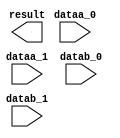
// megafunction wizard: %ALTMULT_ADD%VBB%
// GENERATION: STANDARD
// VERSION: WM1.0
// MODULE: ALTMULT_ADD 

// ============================================================
// Megafunction Name(s):
// 			ALTMULT_ADD
//
// Simulation Library Files(s):
// 			altera_mf
// ============================================================
// ************************************************************
// THIS IS A WIZARD-GENERATED FILE. DO NOT EDIT THIS FILE!
//
// 13.0.1 Build 232 06/12/2013 SP 1 SJ Web Edition
// ************************************************************

//Copyright (C) 1991-2013 Altera Corporation
//Your use of Altera Corporation's design tools, logic functions 
//and other software and tools, and its AMPP partner logic 
//functions, and any output files from any of the foregoing 
//(including device programming or simulation files), and any 
//associated documentation or information are expressly subject 
//to the terms and conditions of the Altera Program License 
//Subscription Agreement, Altera MegaCore Function License 
//Agreement, or other applicable license agreement, including, 
//without limitation, that your use is for the sole purpose of 
//programming logic devices manufactured by Altera and sold by 
//Altera or its authorized distributors.  Please refer to the 
//applicable agreement for further details.

module mac (
	dataa_0,
	dataa_1,
	datab_0,
	datab_1,
	result);

	input	[7:0]  dataa_0;
	input	[7:0]  dataa_1;
	input	[7:0]  datab_0;
	input	[7:0]  datab_1;
	output	[16:0]  result;
`ifndef ALTERA_RESERVED_QIS
// synopsys translate_off
`endif
	tri0	[7:0]  dataa_0;
	tri0	[7:0]  dataa_1;
	tri0	[7:0]  datab_0;
	tri0	[7:0]  datab_1;
`ifndef ALTERA_RESERVED_QIS
// synopsys translate_on
`endif

endmodule

// ============================================================
// CNX file retrieval info
// ============================================================
// Retrieval info: PRIVATE: ADDER1_ROUND_ACLR_SRC NUMERIC "0"
// Retrieval info: PRIVATE: ADDER1_ROUND_CLK_SRC NUMERIC "0"
// Retrieval info: PRIVATE: ADDER1_ROUND_OP STRING "Enabled"
// Retrieval info: PRIVATE: ADDER1_ROUND_PIPE_ACLR_SRC NUMERIC "0"
// Retrieval info: PRIVATE: ADDER1_ROUND_PIPE_CLK_SRC NUMERIC "0"
// Retrieval info: PRIVATE: ADDER1_ROUND_PIPE_REG STRING "1"
// Retrieval info: PRIVATE: ADDER1_ROUND_REG STRING "1"
// Retrieval info: PRIVATE: ADDER1_SAT_ACLR_SRC NUMERIC "0"
// Retrieval info: PRIVATE: ADDER1_SAT_CLK_SRC NUMERIC "0"
// Retrieval info: PRIVATE: ADDER1_SAT_OP STRING "Enabled"
// Retrieval info: PRIVATE: ADDER1_SAT_OVERFLOW_OUT NUMERIC "0"
// Retrieval info: PRIVATE: ADDER1_SAT_PIPE_ACLR_SRC NUMERIC "3"
// Retrieval info: PRIVATE: ADDER1_SAT_PIPE_CLK_SRC NUMERIC "0"
// Retrieval info: PRIVATE: ADDER1_SAT_PIPE_REG STRING "0"
// Retrieval info: PRIVATE: ADDER1_SAT_REG STRING "0"
// Retrieval info: PRIVATE: ADDER3_ROUND_ACLR_SRC NUMERIC "0"
// Retrieval info: PRIVATE: ADDER3_ROUND_CLK_SRC NUMERIC "0"
// Retrieval info: PRIVATE: ADDER3_ROUND_OP STRING "Enabled"
// Retrieval info: PRIVATE: ADDER3_ROUND_PIPE_ACLR_SRC NUMERIC "0"
// Retrieval info: PRIVATE: ADDER3_ROUND_PIPE_CLK_SRC NUMERIC "0"
// Retrieval info: PRIVATE: ADDER3_ROUND_PIPE_REG STRING "1"
// Retrieval info: PRIVATE: ADDER3_ROUND_REG STRING "1"
// Retrieval info: PRIVATE: ADDNSUB1_ACLR_SRC NUMERIC "0"
// Retrieval info: PRIVATE: ADDNSUB1_CLK_SRC NUMERIC "0"
// Retrieval info: PRIVATE: ADDNSUB1_PIPE_ACLR_SRC NUMERIC "0"
// Retrieval info: PRIVATE: ADDNSUB1_PIPE_CLK_SRC NUMERIC "0"
// Retrieval info: PRIVATE: ADDNSUB1_PIPE_REG STRING "1"
// Retrieval info: PRIVATE: ADDNSUB1_REG STRING "1"
// Retrieval info: PRIVATE: ADDNSUB3_ACLR_SRC NUMERIC "0"
// Retrieval info: PRIVATE: ADDNSUB3_CLK_SRC NUMERIC "0"
// Retrieval info: PRIVATE: ADDNSUB3_PIPE_ACLR_SRC NUMERIC "0"
// Retrieval info: PRIVATE: ADDNSUB3_PIPE_CLK_SRC NUMERIC "0"
// Retrieval info: PRIVATE: ADDNSUB3_PIPE_REG STRING "1"
// Retrieval info: PRIVATE: ADDNSUB3_REG STRING "1"
// Retrieval info: PRIVATE: ADD_ENABLE NUMERIC "0"
// Retrieval info: PRIVATE: ALL_REG_ACLR NUMERIC "0"
// Retrieval info: PRIVATE: A_ACLR_SRC_MULT0 NUMERIC "0"
// Retrieval info: PRIVATE: A_CLK_SRC_MULT0 NUMERIC "0"
// Retrieval info: PRIVATE: B_ACLR_SRC_MULT0 NUMERIC "0"
// Retrieval info: PRIVATE: B_CLK_SRC_MULT0 NUMERIC "0"
// Retrieval info: PRIVATE: HAS_MAC STRING "0"
// Retrieval info: PRIVATE: HAS_SAT_ROUND STRING "0"
// Retrieval info: PRIVATE: IMPL_STYLE_DEDICATED NUMERIC "0"
// Retrieval info: PRIVATE: IMPL_STYLE_DEFAULT NUMERIC "1"
// Retrieval info: PRIVATE: IMPL_STYLE_LCELL NUMERIC "0"
// Retrieval info: PRIVATE: INTENDED_DEVICE_FAMILY STRING "Cyclone II"
// Retrieval info: PRIVATE: MULT01_ROUND_ACLR_SRC NUMERIC "0"
// Retrieval info: PRIVATE: MULT01_ROUND_CLK_SRC NUMERIC "0"
// Retrieval info: PRIVATE: MULT01_ROUND_OP STRING "Enabled"
// Retrieval info: PRIVATE: MULT01_ROUND_PIPE_ACLR_SRC NUMERIC "0"
// Retrieval info: PRIVATE: MULT01_ROUND_PIPE_CLK_SRC NUMERIC "0"
// Retrieval info: PRIVATE: MULT01_ROUND_PIPE_REG STRING "0"
// Retrieval info: PRIVATE: MULT01_ROUND_REG STRING "1"
// Retrieval info: PRIVATE: MULT01_SAT_ACLR_SRC NUMERIC "0"
// Retrieval info: PRIVATE: MULT01_SAT_CLK_SRC NUMERIC "0"
// Retrieval info: PRIVATE: MULT01_SAT_OP STRING "Enabled"
// Retrieval info: PRIVATE: MULT01_SAT_PIPE_ACLR_SRC NUMERIC "0"
// Retrieval info: PRIVATE: MULT01_SAT_PIPE_CLK_SRC NUMERIC "0"
// Retrieval info: PRIVATE: MULT01_SAT_PIPE_REG STRING "0"
// Retrieval info: PRIVATE: MULT01_SAT_REG STRING "1"
// Retrieval info: PRIVATE: MULT0_SAT_OVERFLOW_OUT NUMERIC "0"
// Retrieval info: PRIVATE: MULT1_SAT_OVERFLOW_OUT NUMERIC "0"
// Retrieval info: PRIVATE: MULT23_ROUND_ACLR_SRC NUMERIC "0"
// Retrieval info: PRIVATE: MULT23_ROUND_CLK_SRC NUMERIC "0"
// Retrieval info: PRIVATE: MULT23_ROUND_OP STRING "Enabled"
// Retrieval info: PRIVATE: MULT23_ROUND_PIPE_ACLR_SRC NUMERIC "0"
// Retrieval info: PRIVATE: MULT23_ROUND_PIPE_CLK_SRC NUMERIC "0"
// Retrieval info: PRIVATE: MULT23_ROUND_PIPE_REG STRING "0"
// Retrieval info: PRIVATE: MULT23_ROUND_REG STRING "1"
// Retrieval info: PRIVATE: MULT23_SAT_ACLR_SRC NUMERIC "0"
// Retrieval info: PRIVATE: MULT23_SAT_CLK_SRC NUMERIC "0"
// Retrieval info: PRIVATE: MULT23_SAT_OP STRING "Enabled"
// Retrieval info: PRIVATE: MULT23_SAT_PIPE_ACLR_SRC NUMERIC "0"
// Retrieval info: PRIVATE: MULT23_SAT_PIPE_CLK_SRC NUMERIC "0"
// Retrieval info: PRIVATE: MULT23_SAT_PIPE_REG STRING "0"
// Retrieval info: PRIVATE: MULT23_SAT_REG STRING "1"
// Retrieval info: PRIVATE: MULT2_SAT_OVERFLOW_OUT NUMERIC "0"
// Retrieval info: PRIVATE: MULT3_SAT_OVERFLOW_OUT NUMERIC "0"
// Retrieval info: PRIVATE: MULT_REGA0 NUMERIC "0"
// Retrieval info: PRIVATE: MULT_REGB0 NUMERIC "0"
// Retrieval info: PRIVATE: MULT_REGOUT0 NUMERIC "0"
// Retrieval info: PRIVATE: NUM_MULT STRING "2"
// Retrieval info: PRIVATE: OP1 STRING "Add"
// Retrieval info: PRIVATE: OP3 STRING "Add"
// Retrieval info: PRIVATE: OUTPUT_EXTRA_LAT NUMERIC "0"
// Retrieval info: PRIVATE: OUTPUT_REG_ACLR_SRC NUMERIC "0"
// Retrieval info: PRIVATE: OUTPUT_REG_CLK_SRC NUMERIC "0"
// Retrieval info: PRIVATE: Q_ACLR_SRC_MULT0 NUMERIC "0"
// Retrieval info: PRIVATE: Q_CLK_SRC_MULT0 NUMERIC "0"
// Retrieval info: PRIVATE: REG_OUT NUMERIC "0"
// Retrieval info: PRIVATE: RNFORMAT STRING "17"
// Retrieval info: PRIVATE: RQFORMAT STRING "Q1.15"
// Retrieval info: PRIVATE: RTS_WIDTH STRING "17"
// Retrieval info: PRIVATE: SAME_CONFIG NUMERIC "1"
// Retrieval info: PRIVATE: SAME_CONTROL_SRC_A0 NUMERIC "1"
// Retrieval info: PRIVATE: SAME_CONTROL_SRC_B0 NUMERIC "1"
// Retrieval info: PRIVATE: SCANOUTA NUMERIC "0"
// Retrieval info: PRIVATE: SCANOUTB NUMERIC "0"
// Retrieval info: PRIVATE: SHIFTOUTA_ACLR_SRC NUMERIC "0"
// Retrieval info: PRIVATE: SHIFTOUTA_CLK_SRC NUMERIC "0"
// Retrieval info: PRIVATE: SHIFTOUTA_REG STRING "0"
// Retrieval info: PRIVATE: SIGNA STRING "UNSIGNED"
// Retrieval info: PRIVATE: SIGNA_ACLR_SRC NUMERIC "0"
// Retrieval info: PRIVATE: SIGNA_CLK_SRC NUMERIC "0"
// Retrieval info: PRIVATE: SIGNA_PIPE_ACLR_SRC NUMERIC "0"
// Retrieval info: PRIVATE: SIGNA_PIPE_CLK_SRC NUMERIC "0"
// Retrieval info: PRIVATE: SIGNA_PIPE_REG STRING "1"
// Retrieval info: PRIVATE: SIGNA_REG STRING "1"
// Retrieval info: PRIVATE: SIGNB STRING "UNSIGNED"
// Retrieval info: PRIVATE: SIGNB_ACLR_SRC NUMERIC "0"
// Retrieval info: PRIVATE: SIGNB_CLK_SRC NUMERIC "0"
// Retrieval info: PRIVATE: SIGNB_PIPE_ACLR_SRC NUMERIC "0"
// Retrieval info: PRIVATE: SIGNB_PIPE_CLK_SRC NUMERIC "0"
// Retrieval info: PRIVATE: SIGNB_PIPE_REG STRING "1"
// Retrieval info: PRIVATE: SIGNB_REG STRING "1"
// Retrieval info: PRIVATE: SRCA0 STRING "Multiplier input"
// Retrieval info: PRIVATE: SRCB0 STRING "Multiplier input"
// Retrieval info: PRIVATE: SYNTH_WRAPPER_GEN_POSTFIX STRING "0"
// Retrieval info: PRIVATE: WIDTHA STRING "8"
// Retrieval info: PRIVATE: WIDTHB STRING "8"
// Retrieval info: LIBRARY: altera_mf altera_mf.altera_mf_components.all
// Retrieval info: CONSTANT: ADDNSUB_MULTIPLIER_ACLR1 STRING "ACLR0"
// Retrieval info: CONSTANT: ADDNSUB_MULTIPLIER_PIPELINE_ACLR1 STRING "ACLR0"
// Retrieval info: CONSTANT: ADDNSUB_MULTIPLIER_PIPELINE_REGISTER1 STRING "CLOCK0"
// Retrieval info: CONSTANT: ADDNSUB_MULTIPLIER_REGISTER1 STRING "CLOCK0"
// Retrieval info: CONSTANT: DEDICATED_MULTIPLIER_CIRCUITRY STRING "AUTO"
// Retrieval info: CONSTANT: INPUT_REGISTER_A0 STRING "UNREGISTERED"
// Retrieval info: CONSTANT: INPUT_REGISTER_A1 STRING "UNREGISTERED"
// Retrieval info: CONSTANT: INPUT_REGISTER_B0 STRING "UNREGISTERED"
// Retrieval info: CONSTANT: INPUT_REGISTER_B1 STRING "UNREGISTERED"
// Retrieval info: CONSTANT: INPUT_SOURCE_A0 STRING "DATAA"
// Retrieval info: CONSTANT: INPUT_SOURCE_A1 STRING "DATAA"
// Retrieval info: CONSTANT: INPUT_SOURCE_B0 STRING "DATAB"
// Retrieval info: CONSTANT: INPUT_SOURCE_B1 STRING "DATAB"
// Retrieval info: CONSTANT: INTENDED_DEVICE_FAMILY STRING "Cyclone II"
// Retrieval info: CONSTANT: LPM_TYPE STRING "altmult_add"
// Retrieval info: CONSTANT: MULTIPLIER1_DIRECTION STRING "ADD"
// Retrieval info: CONSTANT: MULTIPLIER_REGISTER0 STRING "UNREGISTERED"
// Retrieval info: CONSTANT: MULTIPLIER_REGISTER1 STRING "UNREGISTERED"
// Retrieval info: CONSTANT: NUMBER_OF_MULTIPLIERS NUMERIC "2"
// Retrieval info: CONSTANT: OUTPUT_REGISTER STRING "UNREGISTERED"
// Retrieval info: CONSTANT: PORT_ADDNSUB1 STRING "PORT_UNUSED"
// Retrieval info: CONSTANT: PORT_SIGNA STRING "PORT_UNUSED"
// Retrieval info: CONSTANT: PORT_SIGNB STRING "PORT_UNUSED"
// Retrieval info: CONSTANT: REPRESENTATION_A STRING "UNSIGNED"
// Retrieval info: CONSTANT: REPRESENTATION_B STRING "UNSIGNED"
// Retrieval info: CONSTANT: SIGNED_ACLR_A STRING "ACLR0"
// Retrieval info: CONSTANT: SIGNED_ACLR_B STRING "ACLR0"
// Retrieval info: CONSTANT: SIGNED_PIPELINE_ACLR_A STRING "ACLR0"
// Retrieval info: CONSTANT: SIGNED_PIPELINE_ACLR_B STRING "ACLR0"
// Retrieval info: CONSTANT: SIGNED_PIPELINE_REGISTER_A STRING "CLOCK0"
// Retrieval info: CONSTANT: SIGNED_PIPELINE_REGISTER_B STRING "CLOCK0"
// Retrieval info: CONSTANT: SIGNED_REGISTER_A STRING "CLOCK0"
// Retrieval info: CONSTANT: SIGNED_REGISTER_B STRING "CLOCK0"
// Retrieval info: CONSTANT: WIDTH_A NUMERIC "8"
// Retrieval info: CONSTANT: WIDTH_B NUMERIC "8"
// Retrieval info: CONSTANT: WIDTH_RESULT NUMERIC "17"
// Retrieval info: USED_PORT: dataa_0 0 0 8 0 INPUT GND "dataa_0[7..0]"
// Retrieval info: USED_PORT: dataa_1 0 0 8 0 INPUT GND "dataa_1[7..0]"
// Retrieval info: USED_PORT: datab_0 0 0 8 0 INPUT GND "datab_0[7..0]"
// Retrieval info: USED_PORT: datab_1 0 0 8 0 INPUT GND "datab_1[7..0]"
// Retrieval info: USED_PORT: result 0 0 17 0 OUTPUT GND "result[16..0]"
// Retrieval info: CONNECT: @dataa 0 0 8 0 dataa_0 0 0 8 0
// Retrieval info: CONNECT: @dataa 0 0 8 8 dataa_1 0 0 8 0
// Retrieval info: CONNECT: @datab 0 0 8 0 datab_0 0 0 8 0
// Retrieval info: CONNECT: @datab 0 0 8 8 datab_1 0 0 8 0
// Retrieval info: CONNECT: result 0 0 17 0 @result 0 0 17 0
// Retrieval info: GEN_FILE: TYPE_NORMAL mac.v TRUE
// Retrieval info: GEN_FILE: TYPE_NORMAL mac.inc FALSE
// Retrieval info: GEN_FILE: TYPE_NORMAL mac.cmp FALSE
// Retrieval info: GEN_FILE: TYPE_NORMAL mac.bsf FALSE
// Retrieval info: GEN_FILE: TYPE_NORMAL mac_inst.v TRUE
// Retrieval info: GEN_FILE: TYPE_NORMAL mac_bb.v TRUE
// Retrieval info: LIB_FILE: altera_mf